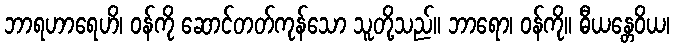
ဘာရဟာရေဟိ၊ ဝန်ကို ဆောင်တတ်ကုန်သော သူတို့သည်။ ဘာရော၊ ဝန်ကို။ ဓီယန္တေဝိယ၊